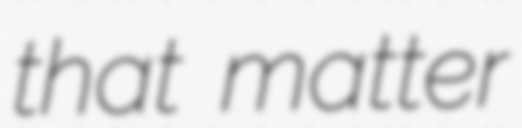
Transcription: that matter